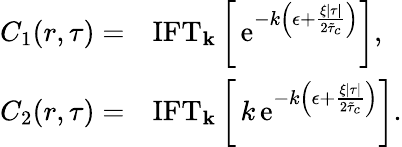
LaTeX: \begin{array}{rl}{C_{1}(r,\tau)=}&{{\mathrm{IFT}}_{{\mathbf k}}\left[\, \mathrm{e}^{-k\left(\epsilon+\frac{\xi\lvert\tau\rvert}{2\tilde{\tau}_{c}}\right)}\right],}\\ {C_{2}(r,\tau)=}&{{\mathrm{IFT}}_{{\mathbf k}}\left[\, k\, \mathrm{e}^{-k\left(\epsilon+\frac{\xi\lvert\tau\rvert}{2\tilde{\tau}_{c}}\right)}\right].}\end{array}